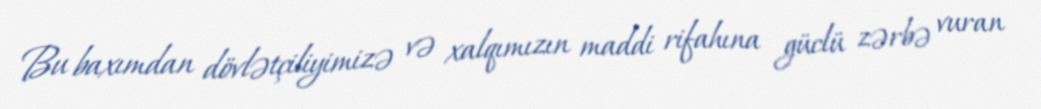
Bu baxımdan dövlətçiliyimizə və xalqımızın maddi rifahına güclü zərbə vuran